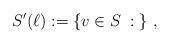
LaTeX: \begin{align*}S'(\ell) := \left\{ v \in S \;:\; \right\}\,,\end{align*}